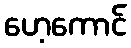
ဟေ့ကောင်